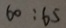
6 0 : 6 5